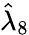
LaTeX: \hat{\lambda}_{8}